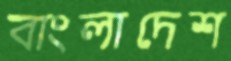
বাংলাদেশ